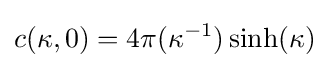
c(\kappa ,0)=4\pi (\kappa ^{-1})\sinh(\kappa )